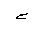
Letter: _ha